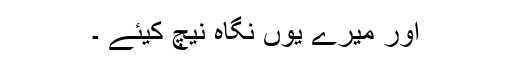
اور میرے یوں نگاہ نیچ کیئے ۔